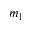
m _ { 1 }